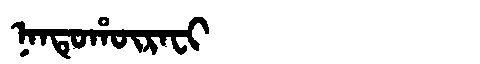
Manchu: ᠨᠠᠨᡨᡠᡥᡡᡵᠠᠸᡳ
Romanization: NANTUHŪRAFI